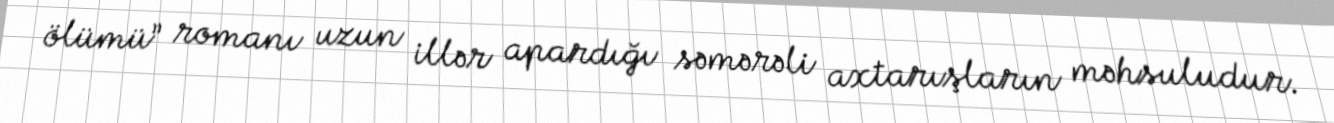
ölümü” romanı uzun illər apardığı səmərəli axtarışların məhsuludur.